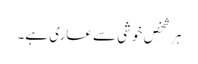
ہر شخص خوشی سے عاری ہے۔